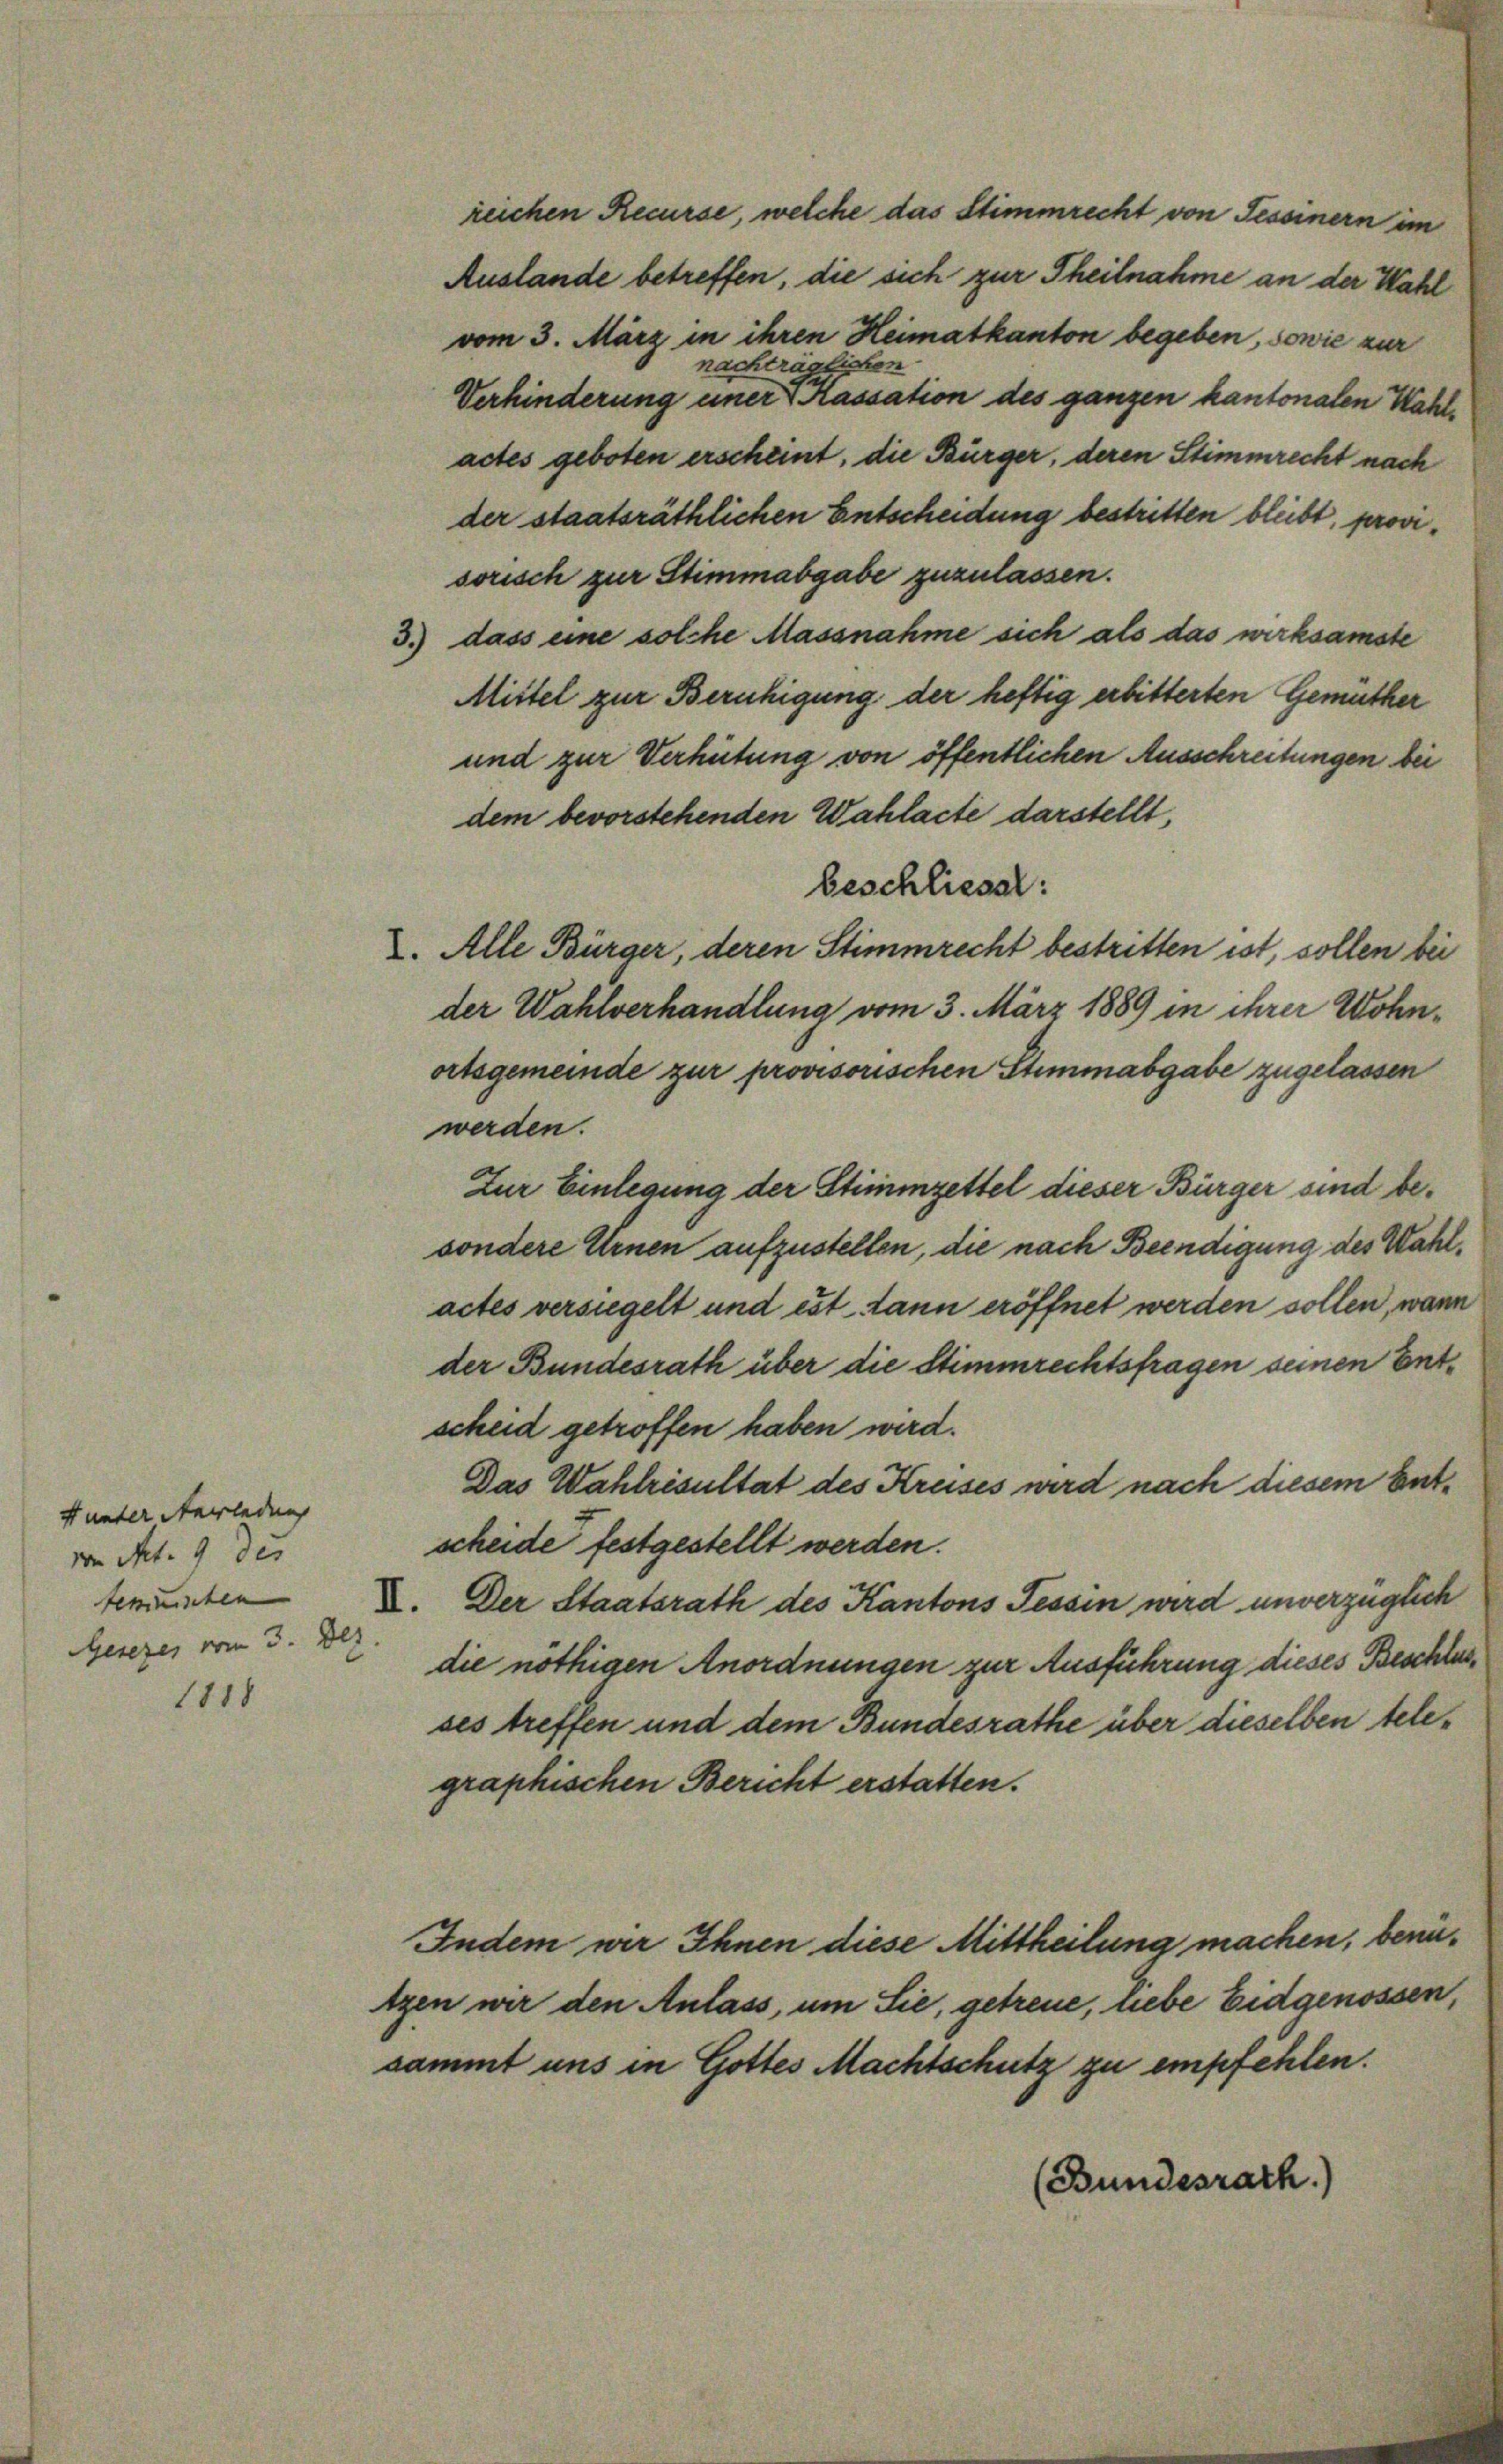
s unter Averladung
von Art. 9 des
semusten
Gesezes vom 3. Dez.

1818

reichen Recurse, welche das Stimmrecht von Tessinern im
Auslande betreffen, die sich zur Theilnahme an der Wahl
vom 3. März in ihren Heimatkanton begeben, sowie zur
nachträglichen.
Verhinderung einer Kassation des ganzen kantonalen Wahlactes geboten erscheint, die Bürger, deren Stimmrecht nach
der staatsräthlichen Entscheidung bestritten bleibt, provisorisch zur Stimmabgabe zuzulassen.
3.) dass eine solche Massnahme sich als das wirksamste
Mittel zur Beruhigung der heftig erbitterten Gemüther
und zur Verhütung von öffentlichen Ausschreitungen bei
dem bevorstehenden Wahlacte darstellt,
beschliesst:
2. Alle Bürger, deren Stimmrecht bestritten ist, sollen bei
der Wahlverhandlung vom 3. März 1889 in ihrer Wohnortsgemeinde zur provisorischen Stimmabgabe zugelassen
werden.
Zur Einlegung der Stimmzettel dieser Bürger sind besondere Ernen aufzustellen, die nach Beendigung des Wahlactes versiegelt und est dann eröffnet werden sollen, wann
der Bundesrath über die Stimmrechtsfragen seinen Entscheid getroffen haben wird.
Das Wahlrisultat des Kreises wird nach diesem Entscheide festgestellt werden.
I. Der Staatsrath des Kantons Tessin wird unverzüglich
die nöthigen Anordnungen zur Ausführung dieses Beschlusses treffen und dem Bundesrathe über dieselben telegraphischen Bericht erstatten.
Indem wir Ihnen diese Mittheilung machen, benützen wir den Anlass, um Sie, getreue, liebe Eidgenossen,
sammt uns in Gottes Machtschutz zu empfehlen.
(Bundesrath.)